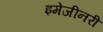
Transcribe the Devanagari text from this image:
इमेजीनरी